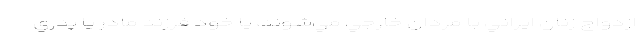
ازدواج زنان ايراني با مردان خارجي مي‌شوند، يا خود فرزند مادر يا پدري